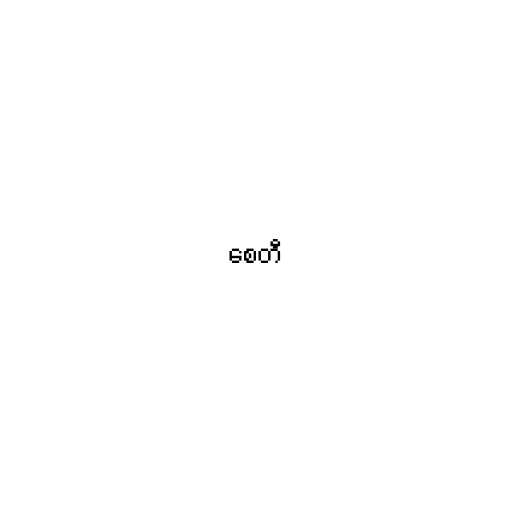
စေတီ